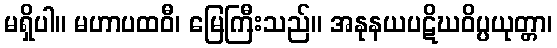
မရှိပါ။ မဟာပထဝီ၊ မြေကြီးသည်။ အနုနယပဋိဃဝိပ္ပယုတ္တာ၊